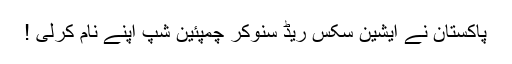
پاکستان نے ایشین سکس ریڈ سنوکر چمپئین شپ اپنے نام کرلی !